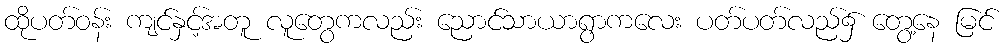
ထိုပတ်ဝန်း ကျင်နှင့်အတူ လူတွေကလည်း ညောင်သာယာရွာကလေး ပတ်ပတ်လည်၌ တွေ့နေ မြင်